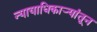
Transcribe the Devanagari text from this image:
न्यायाधिकाऱ्यांतून